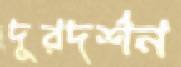
দূরদর্শন